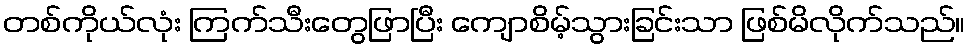
တစ်ကိုယ်လုံး ကြက်သီးတွေဖြာပြီး ကျောစိမ့်သွားခြင်းသာ ဖြစ်မိလိုက်သည်။